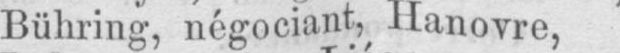
Bühring, négociant, Hanovre,